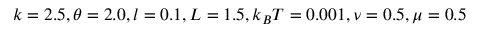
k = 2 . 5 , \theta = 2 . 0 , l = 0 . 1 , L = 1 . 5 , k _ { B } T = 0 . 0 0 1 , \nu = 0 . 5 , \mu = 0 . 5